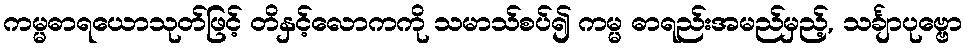
ကမ္မဓာရယောသုတ်ဖြင့် တိနှင့်လောကကို သမာသ်စပ်၍ ကမ္မ ဓာရည်းအမည်မှည့်, သင်္ချာပုဗ္ဗော